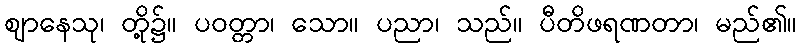
ဈာနေသု၊ တို့၌။ ပဝတ္တာ၊ သော။ ပညာ၊ သည်။ ပီတိဖရဏတာ၊ မည်၏။